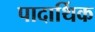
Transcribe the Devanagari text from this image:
पादार्थिक